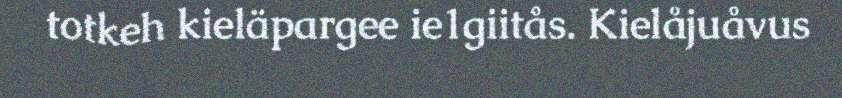
totkeh kieläpargee ie1giitås. Kielåjuåvus